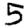
Digit: 5